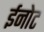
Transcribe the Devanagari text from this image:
ईनोट